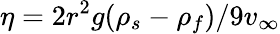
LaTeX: \eta=2r^{2}g(\rho_{s}-\rho_{f})/9v_{\infty}